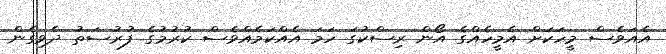
އެއަވެސް މީހަކަށް އެމީހެއްގެ އޯން ރިސްކުގަ ހަމަ އެއްކަމެއްވެސް ކުރުމުގެ ފުރުސަތު ދެވިގެން